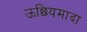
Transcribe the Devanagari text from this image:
ऊछियमादा